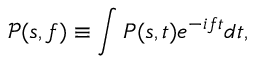
\mathcal { P } ( s , f ) \equiv \int P ( s , t ) e ^ { - i f t } d t ,